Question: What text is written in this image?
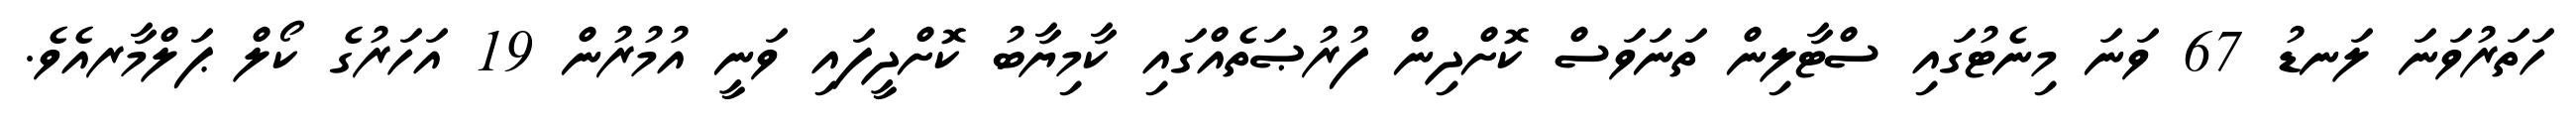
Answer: ހަތަރުވަނަ ލަނޑު 67 ވަނަ މިނެޓުގައި ސްޓާލިން ތަނަވަސް ކޮށްދިން ފުރުޞަތެއްގައި ކާމިޔާބު ކޮށްދީފައި ވަނީ އުމުރުން 19 އަހަރުގެ ކޯލް ޕަލްމާރއެވެ.